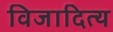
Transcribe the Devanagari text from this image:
विजादित्य